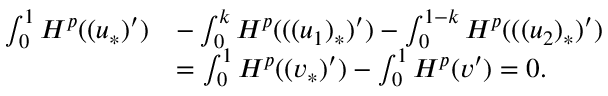
\begin{array} { r l } { \int _ { 0 } ^ { 1 } H ^ { p } ( ( u _ { * } ) ^ { \prime } ) } & { - \int _ { 0 } ^ { k } H ^ { p } ( ( ( u _ { 1 } ) _ { * } ) ^ { \prime } ) - \int _ { 0 } ^ { 1 - k } H ^ { p } ( ( ( u _ { 2 } ) _ { * } ) ^ { \prime } ) } \\ & { = \int _ { 0 } ^ { 1 } H ^ { p } ( ( v _ { * } ) ^ { \prime } ) - \int _ { 0 } ^ { 1 } H ^ { p } ( v ^ { \prime } ) = 0 . } \end{array}